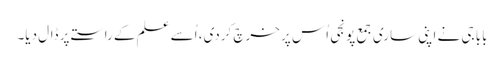
بابا جی نے اپنی ساری جمع پونجی اُس پر خرچ کردی، اُسے علم کے راستے پر ڈال دیا۔